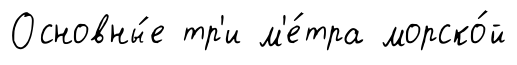
Основны́е тр'и м'е́тра морско́й